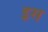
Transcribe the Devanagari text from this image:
इस